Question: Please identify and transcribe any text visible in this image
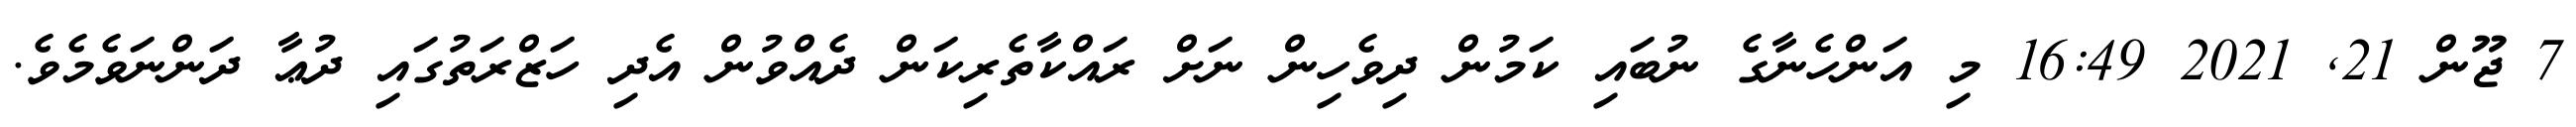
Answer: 7 ޖޫން 21, 2021 16:49 މި އަންހެނާގެ ނުބައި ކަމުން ދިވެހިން ނަށް ރައްކާތެރިކަން ދެއްވުން އެދި ހަޒްރަތުގައި ދުޢާ ދަންނަވެމެވެ.